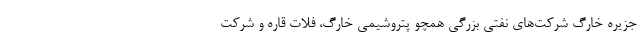
جزیرهٔ خارگ شرکت‌های نفتی بزرگی همچو پتروشیمی خارگ، فلات قاره و شرکت